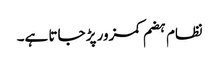
نظام ہضم کمزور پڑ جاتا ہے۔